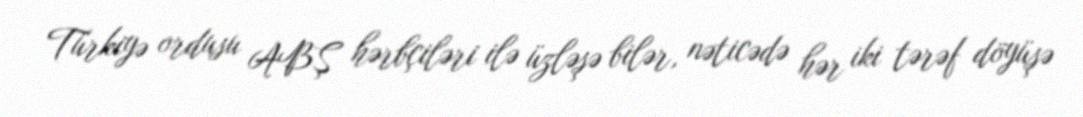
Türkiyə ordusu ABŞ hərbçiləri ilə üzləşə bilər, nəticədə hər iki tərəf döyüşə